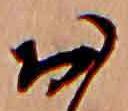
お